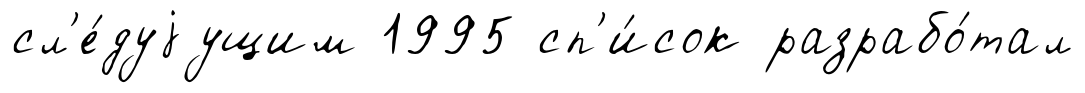
сл'е́дуjущим 1995 сп'и́сок разрабо́тал